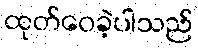
ထုတ်ဝေခဲ့ပါသည်